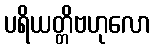
ပရိယတ္တိဗဟုလော